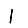
Digit: 1